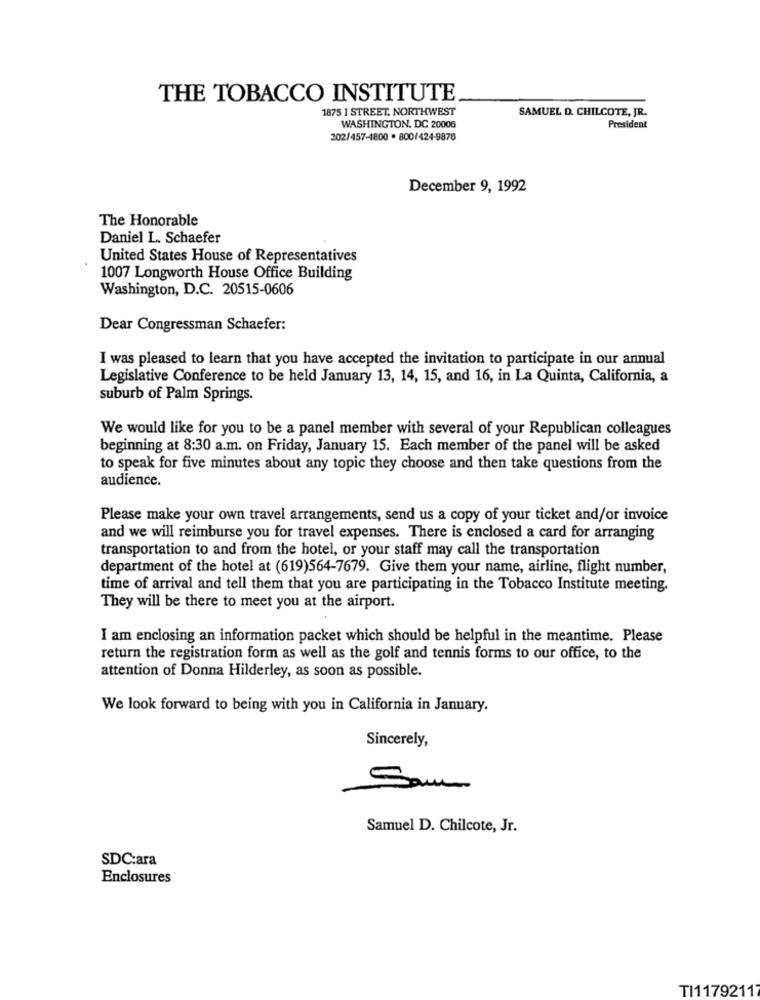
THE TOBACCO INSTITUTE
1875 I STREET, NORTHWEST
SAMUEL D. CHILCOTE, JR.
WASHINGTON, DC 20006
President
202/457-1800 . 800/424-9876
December 9, 1992
The Honorable
Daniel L. Schaefer
United States House of Representatives
1007 Longworth House Office Building
Washington, D.C. 20515-0606
Dear Congressman Schaefer:
I was pleased to learn that you have accepted the invitation to participate in our annual
Legislative Conference to be held January 13, 14, 15, and 16, in La Quinta, California, a
suburb of Palm Springs.
We would like for you to be a panel member with several of your Republican colleagues
beginning at 8:30 a.m. on Friday, January 15. Each member of the panel will be asked
to speak for five minutes about any topic they choose and then take questions from the
audience.
Please make your own travel arrangements, send us a copy of your ticket and/or invoice
and we will reimburse you for travel expenses. There is enclosed a card for arranging
transportation to and from the hotel, or your staff may call the transportation
department of the hotel at (619)564-7679. Give them your name, airline, flight number,
time of arrival and tell them that you are participating in the Tobacco Institute meeting.
They will be there to meet you at the airport.
I am enclosing an information packet which should be helpful in the meantime. Please
return the registration form as well as the golf and tennis forms to our office, to the
attention of Donna Hilderley, as soon as possible.
We look forward to being with you in California in January.
Sincerely,
Sam
Samuel D. Chilcote, Jr.
SDC:ara
Enclosures
TI11792117